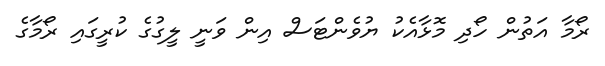
ރޯމާ އަތުން ހޯދި މޮޅާއެކު ޔުވެންޓަސް އިން ވަނީ ލީގުގެ ކުރީގައި ރޯމާގެ